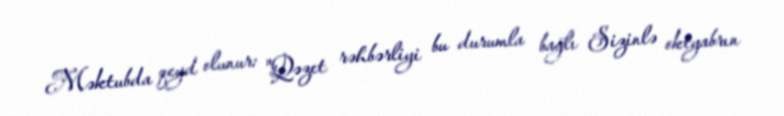
Məktubda qeyd olunur: "Qəzet rəhbərliyi bu durumla bağlı Sizinlə oktyabrın